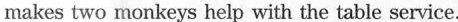
makes two monkeys help with the table service.